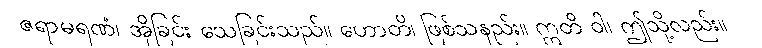
ဇရာမရဏံ၊ အိုခြင်း သေခြင်းသည်။ ဟောတိ၊ ဖြစ်သနည်း။ ဣတိ ဝါ၊ ဤသို့လည်း။